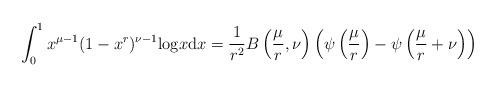
LaTeX: \begin{align*}\int_0^1x^{\mu-1}(1-x^r)^{\nu-1}{\rm log}x{\rm d} x = \frac{1}{r^2} B\left(\frac{\mu}{r},\nu \right) \left(\psi\left(\frac{\mu}{r}\right) - \psi\left(\frac{\mu}{r}+\nu\right)\right)\end{align*}